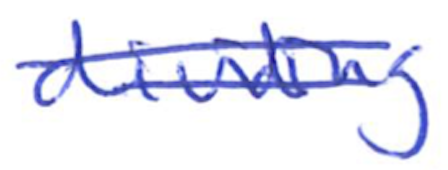
Text: dividing
Cross-out: double-line
Writing tool: ballpoint